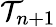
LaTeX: \mathcal{T}_{n+1}